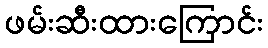
ဖမ်းဆီးထားကြောင်း